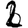
Digit: 2